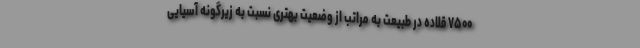
۷۵۰۰ قلاده در طبیعت به مراتب از وضعیت بهتری نسبت به زیرگونه آسیایی